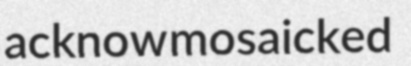
acknow mosaicked